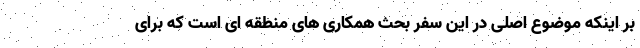
بر اینکه موضوع اصلی در این سفر بحث همکاری های منطقه ای است که برای